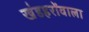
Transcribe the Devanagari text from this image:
खंडहरोंवाला